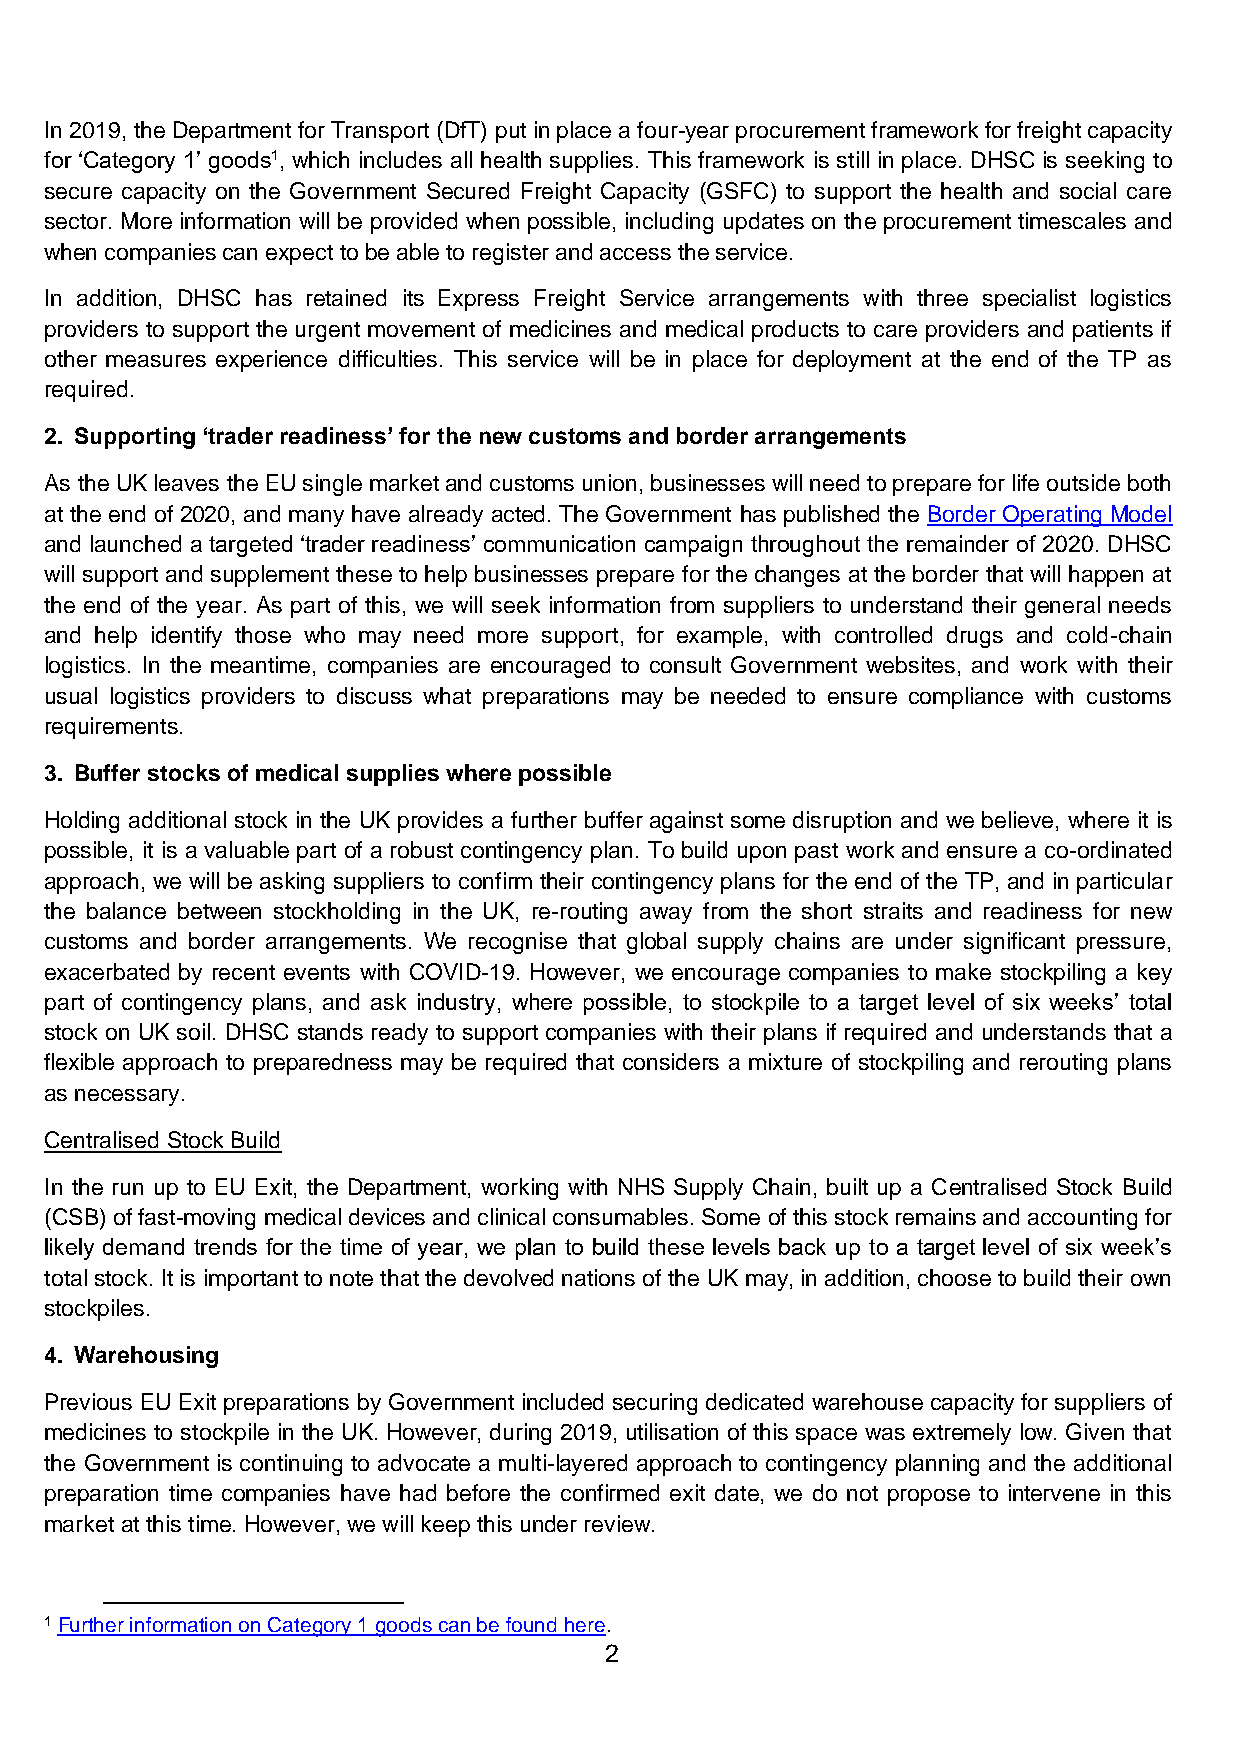
In 2019, the Department for Transport (DfT) put in place a four-year procurement framework for freight capacity
 for ‘Category 1’ goods1, which includes all health supplies. This framework is still in place. DHSC is seeking to
 secure capacity on the Government Secured Freight Capacity (GSFC) to support the health and social care
 sector. More information will be provided when possible, including updates on the procurement timescales and
 when companies can expect to be able to register and access the service.
 In addition, DHSC has retained its Express Freight Service arrangements with three specialist logistics
 providers to support the urgent movement of medicines and medical products to care providers and patients if
 other measures experience difficulties. This service will be in place for deployment at the end of the TP as
 required.
 2. Supporting ‘trader readiness’ for the new customs and border arrangements
 As the UK leaves the EU single market and customs union, businesses will need to prepare for life outside both
 at the end of 2020, and many have already acted. The Government has published the Border Operating Model
 and launched a targeted ‘trader readiness’ communication campaign throughout the remainder of 2020. DHSC
 will support and supplement these to help businesses prepare for the changes at the border that will happen at
 the end of the year. As part of this, we will seek information from suppliers to understand their general needs
 and help identify those who may need more support, for example, with controlled drugs and cold-chain
 logistics. In the meantime, companies are encouraged to consult Government websites, and work with their
 usual logistics providers to discuss what preparations may be needed to ensure compliance with customs
 requirements.
 3. Buffer stocks of medical supplies where possible
 Holding additional stock in the UK provides a further buffer against some disruption and we believe, where it is
 possible, it is a valuable part of a robust contingency plan. To build upon past work and ensure a co-ordinated
 approach, we will be asking suppliers to confirm their contingency plans for the end of the TP, and in particular
 the balance between stockholding in the UK, re-routing away from the short straits and readiness for new
 customs and border arrangements. We recognise that global supply chains are under significant pressure,
 exacerbated by recent events with COVID-19. However, we encourage companies to make stockpiling a key
 part of contingency plans, and ask industry, where possible, to stockpile to a target level of six weeks’ total
 stock on UK soil. DHSC stands ready to support companies with their plans if required and understands that a
 flexible approach to preparedness may be required that considers a mixture of stockpiling and rerouting plans
 as necessary.
 Centralised Stock Build
 In the run up to EU Exit, the Department, working with NHS Supply Chain, built up a Centralised Stock Build
 (CSB) of fast-moving medical devices and clinical consumables. Some of this stock remains and accounting for
 likely demand trends for the time of year, we plan to build these levels back up to a target level of six week’s
 total stock. It is important to note that the devolved nations of the UK may, in addition, choose to build their own
 stockpiles.
 4. Warehousing
 Previous EU Exit preparations by Government included securing dedicated warehouse capacity for suppliers of
 medicines to stockpile in the UK. However, during 2019, utilisation of this space was extremely low. Given that
 the Government is continuing to advocate a multi-layered approach to contingency planning and the additional
 preparation time companies have had before the confirmed exit date, we do not propose to intervene in this
 market at this time. However, we will keep this under review.
 1 Further information on Category 1 goods can be found here.
 2